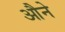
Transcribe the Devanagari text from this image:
औने